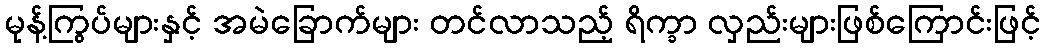
မုန့်ကြွပ်များနှင့် အမဲခြောက်များ တင်လာသည့် ရိက္ခာ လှည်းများဖြစ်ကြောင်းဖြင့်